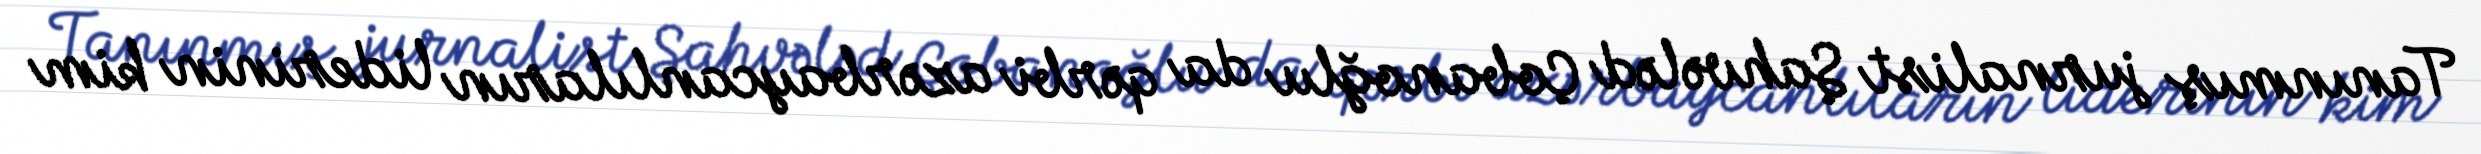
Tanınmış jurnalist Şahvələd Çobanoğlu da qərbi azərbaycanlıların liderinin kim